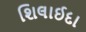
શિલાઈદા